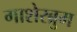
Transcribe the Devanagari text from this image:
गाशेरब्रुम